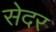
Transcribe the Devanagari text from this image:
सेदर